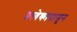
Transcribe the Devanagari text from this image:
प्रत्येकापासून